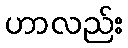
ဟာလည်း